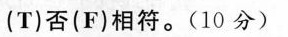
(T)否(F)相符。(10分)